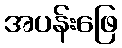
အပန်းဖြေ